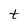
Character: t